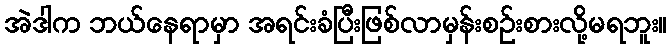
အဲဒါက ဘယ်နေရာမှာ အရင်းခံပြီးဖြစ်လာမှန်းစဉ်းစားလို့မရဘူး။